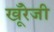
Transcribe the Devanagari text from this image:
खूँरेजी